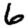
Digit: 6